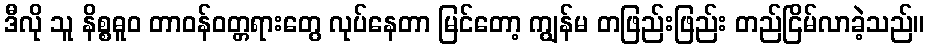
ဒီလို သူ နိစ္စဓူဝ တာဝန်ဝတ္တရားတွေ လုပ်နေတာ မြင်တော့ ကျွန်မ တဖြည်းဖြည်း တည်ငြိမ်လာခဲ့သည်။